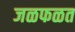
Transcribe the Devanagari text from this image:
जळफळत